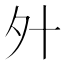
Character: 㚈